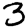
Digit: 3